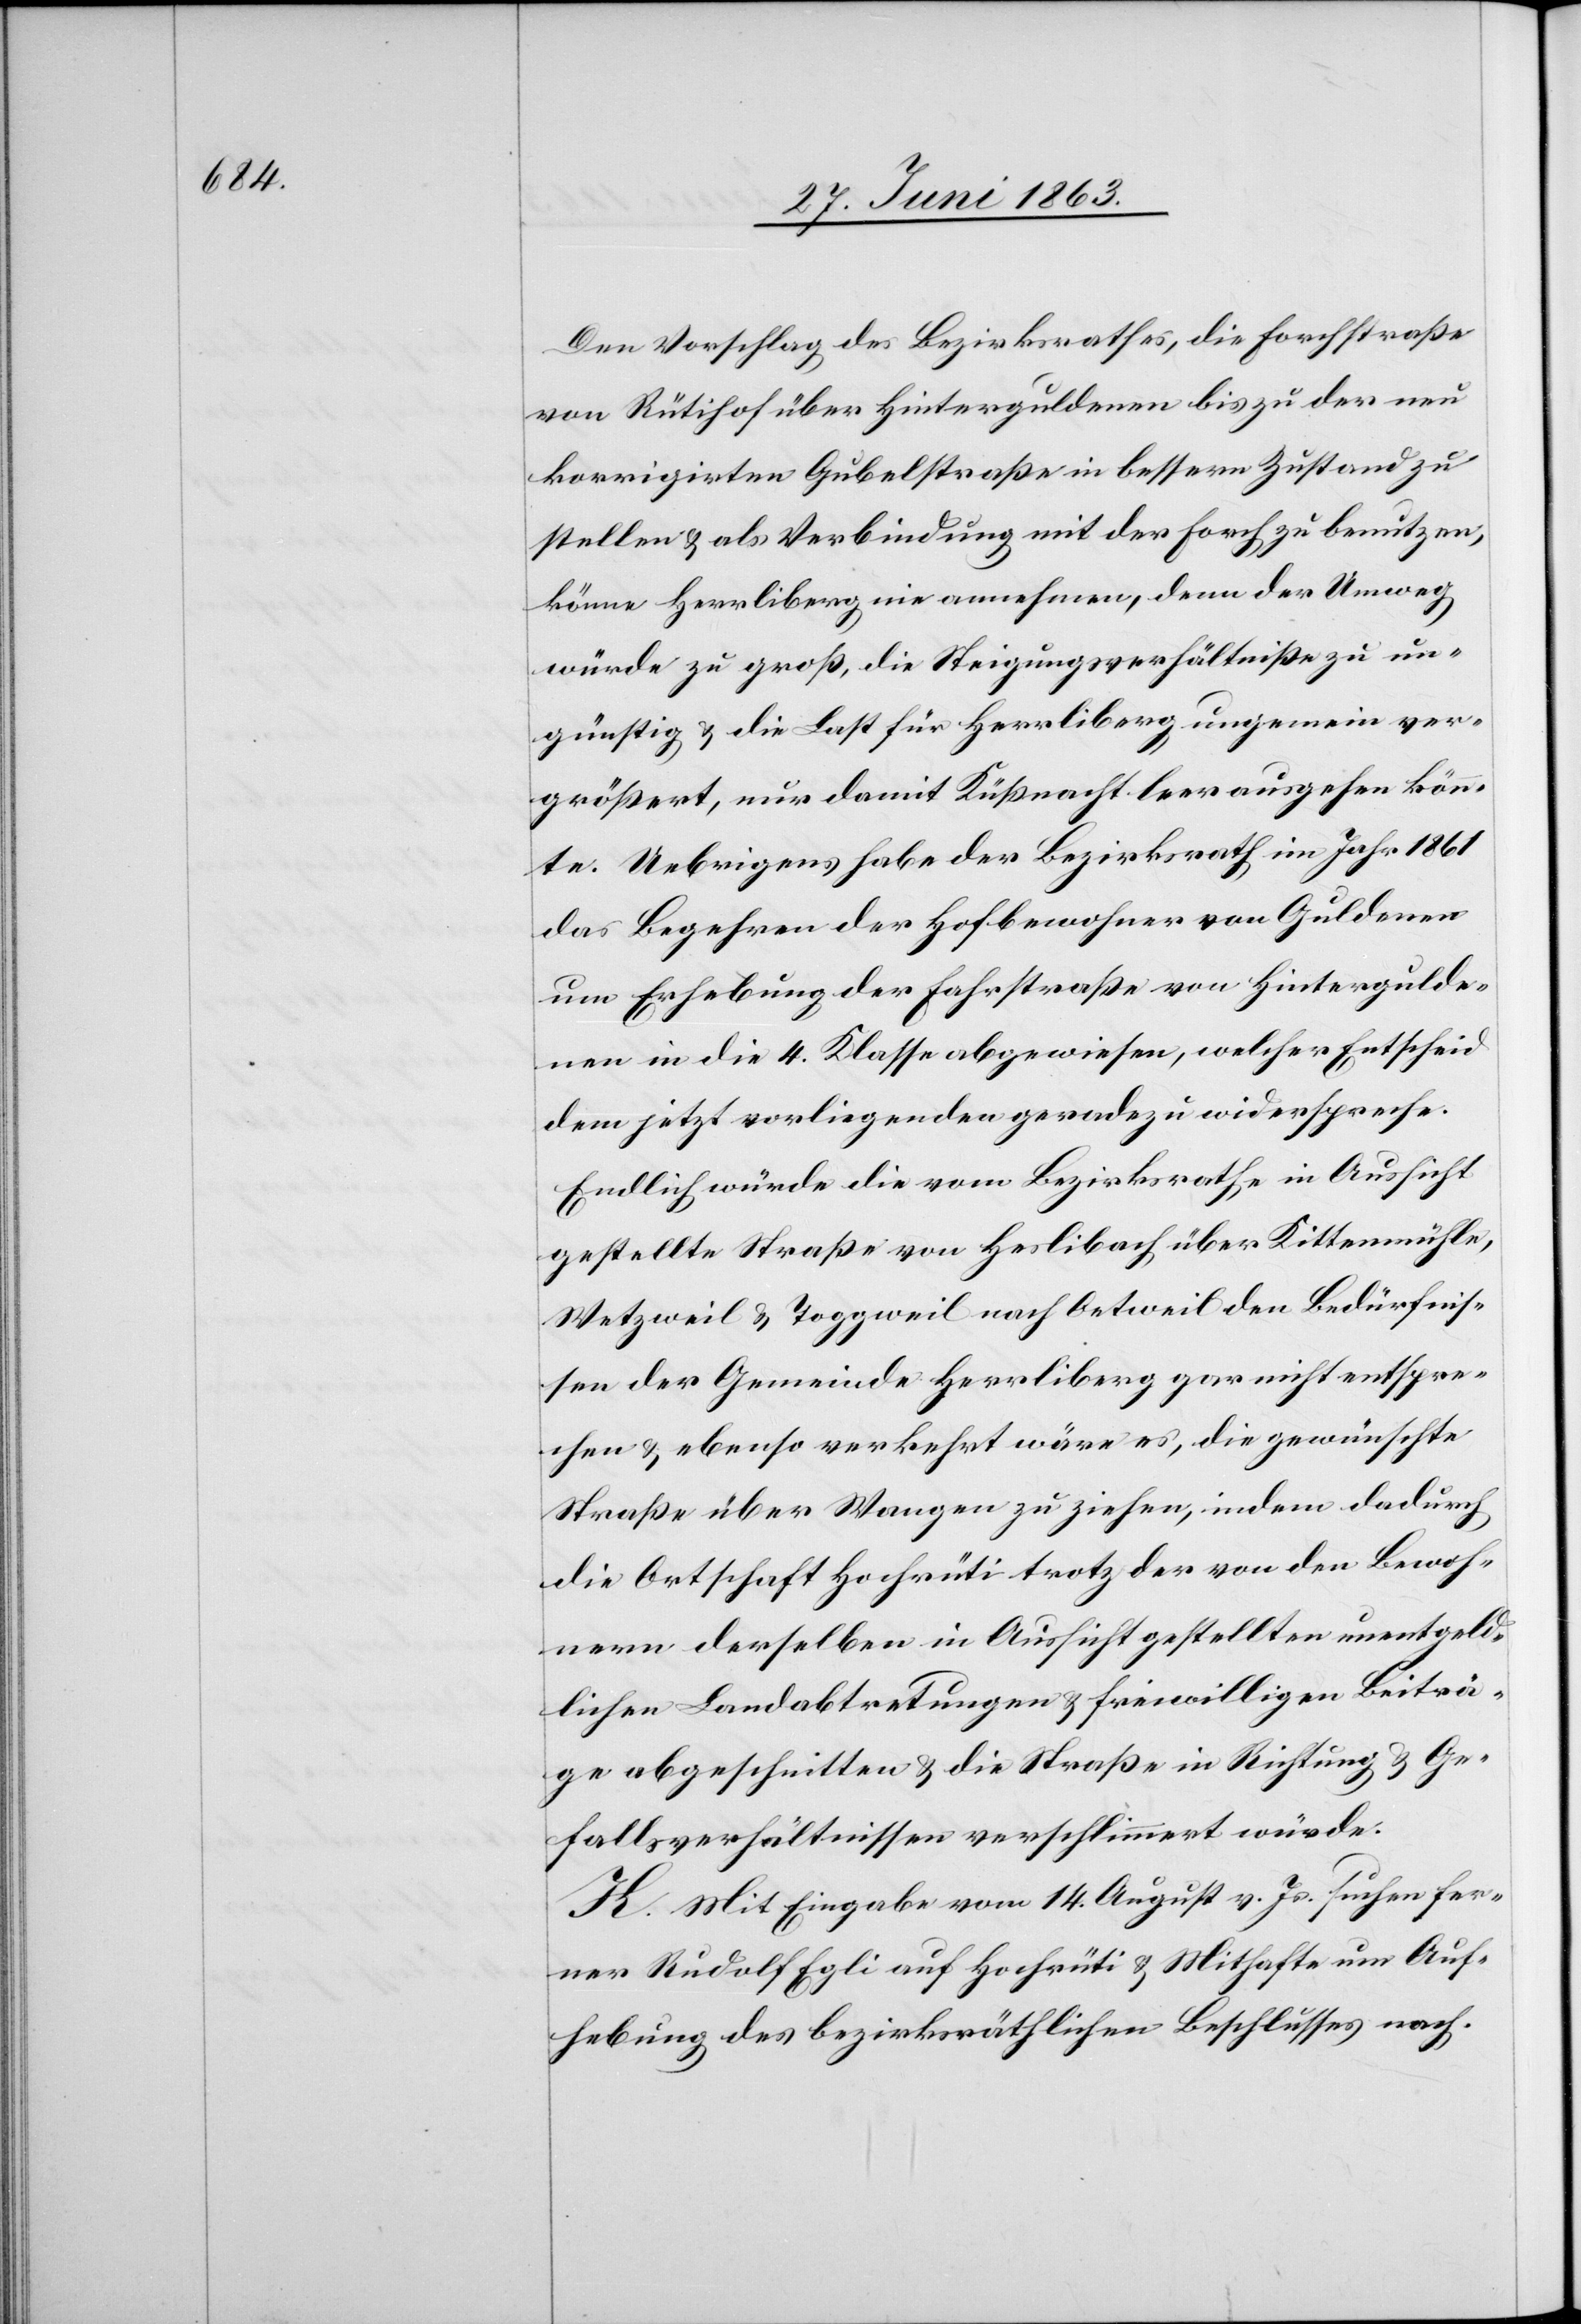
Den Vorschlag des Bezirksrathes, die Forchstraße
von Rütihof über Hinterguldenen bis zu der neu
korrigirten Gubelstraße in bessern Zustand zu
stellen & als Verbindung mit der Forch zu benutzen,
könne Herrliberg nie annehmen, denn der Umweg
würde zu groß, die Steigungsverhältniße zu un¬
günstig & die Last für Herrliberg ungemein ver¬
größert, nur damit Küßnacht leer ausgehen könn¬
te. Uebrigens habe der Bezirksrath im Jahr 1861
das Begehren der Hofbewohner von Guldenen
um Erhebung der Fahrstraße von Hintergulde¬
nen in die 4. Klasse abgewiesen, welcher Entscheid
dem jetzt vorliegenden geradezu widerspreche.
Endlich würde die vom Bezirksrathe in Aussicht
gestellte Straße von Heslibach über Kittenmühle,
Wetzweil & Toggweil nach Oetweil den Bedürfnis¬
sen der Gemeinde Herrliberg gar nicht entspre¬
chen & ebenso verkehrt wäre es, die gewünschte
Straße über Wangen zu ziehen, indem dadurch
die Ortschaft Hochrüti trotz der von den Bewoh¬
nern derselben in Aussicht gestellten unentgeld¬
lichen Landabtretungen & freiwilligen Beiträ¬
ge abgeschnitten & die Straße in Richtung & Ge¬
fallsverhältnissen verschlimmert würde.
K. Mit Eingabe vom 14. August v. Js. suchen fer¬
ner Rudolf Egli auf Hochrüti & Mithafte um Auf¬
hebung des bezirksräthlichen Beschlusses nach.